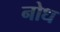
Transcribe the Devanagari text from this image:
नोध